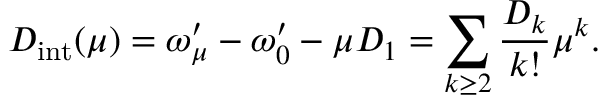
D _ { \mathrm { i n t } } ( \mu ) = \omega _ { \mu } ^ { \prime } - \omega _ { 0 } ^ { \prime } - \mu D _ { 1 } = \sum _ { k \geq 2 } \frac { D _ { k } } { k ! } \mu ^ { k } .